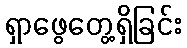
ရှာဖွေတွေ့ရှိခြင်း